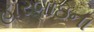
હારબાઇના